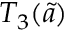
T _ { 3 } ( \tilde { a } )